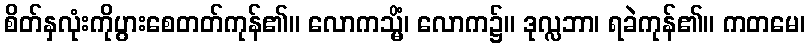
စိတ်နှလုံးကိုပွားစေတတ်ကုန်၏။ လောကသ္မိံ၊ လောက၌။ ဒုလ္လဘာ၊ ရခဲကုန်၏။ ကတမေ၊